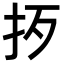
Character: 𢪰